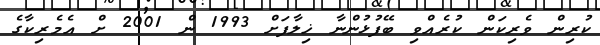
ކުރިން ވެރިކަން ކުރެއްވި ބޭފުޅުންނާ ޚިލާފަށް 1993 ން 2001 ށް އެމެރިކާގެ